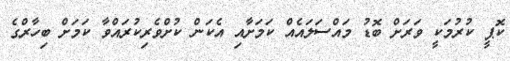
ކޮޕީ ކުރުމަކީ ވަރަށް ބޮޑު މައްސަލައެއް ކަމަށާއި އެކަން ކުށްވެރިކުރައްވާ ކަމަށް ބިހާރްގެ